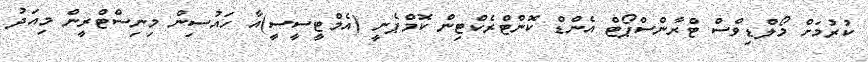
ކުރުމަށް މޯލްޑިވްސް ޓްރާންސްޕޯޓް އެންޑް ކޮންޓްރެކްޓިން ކޮމްޕެނީ (އެމްޓީސީސީ)އާ ހައުސިން މިނިސްޓްރީން މިއަދު